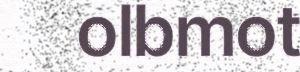
olbmot